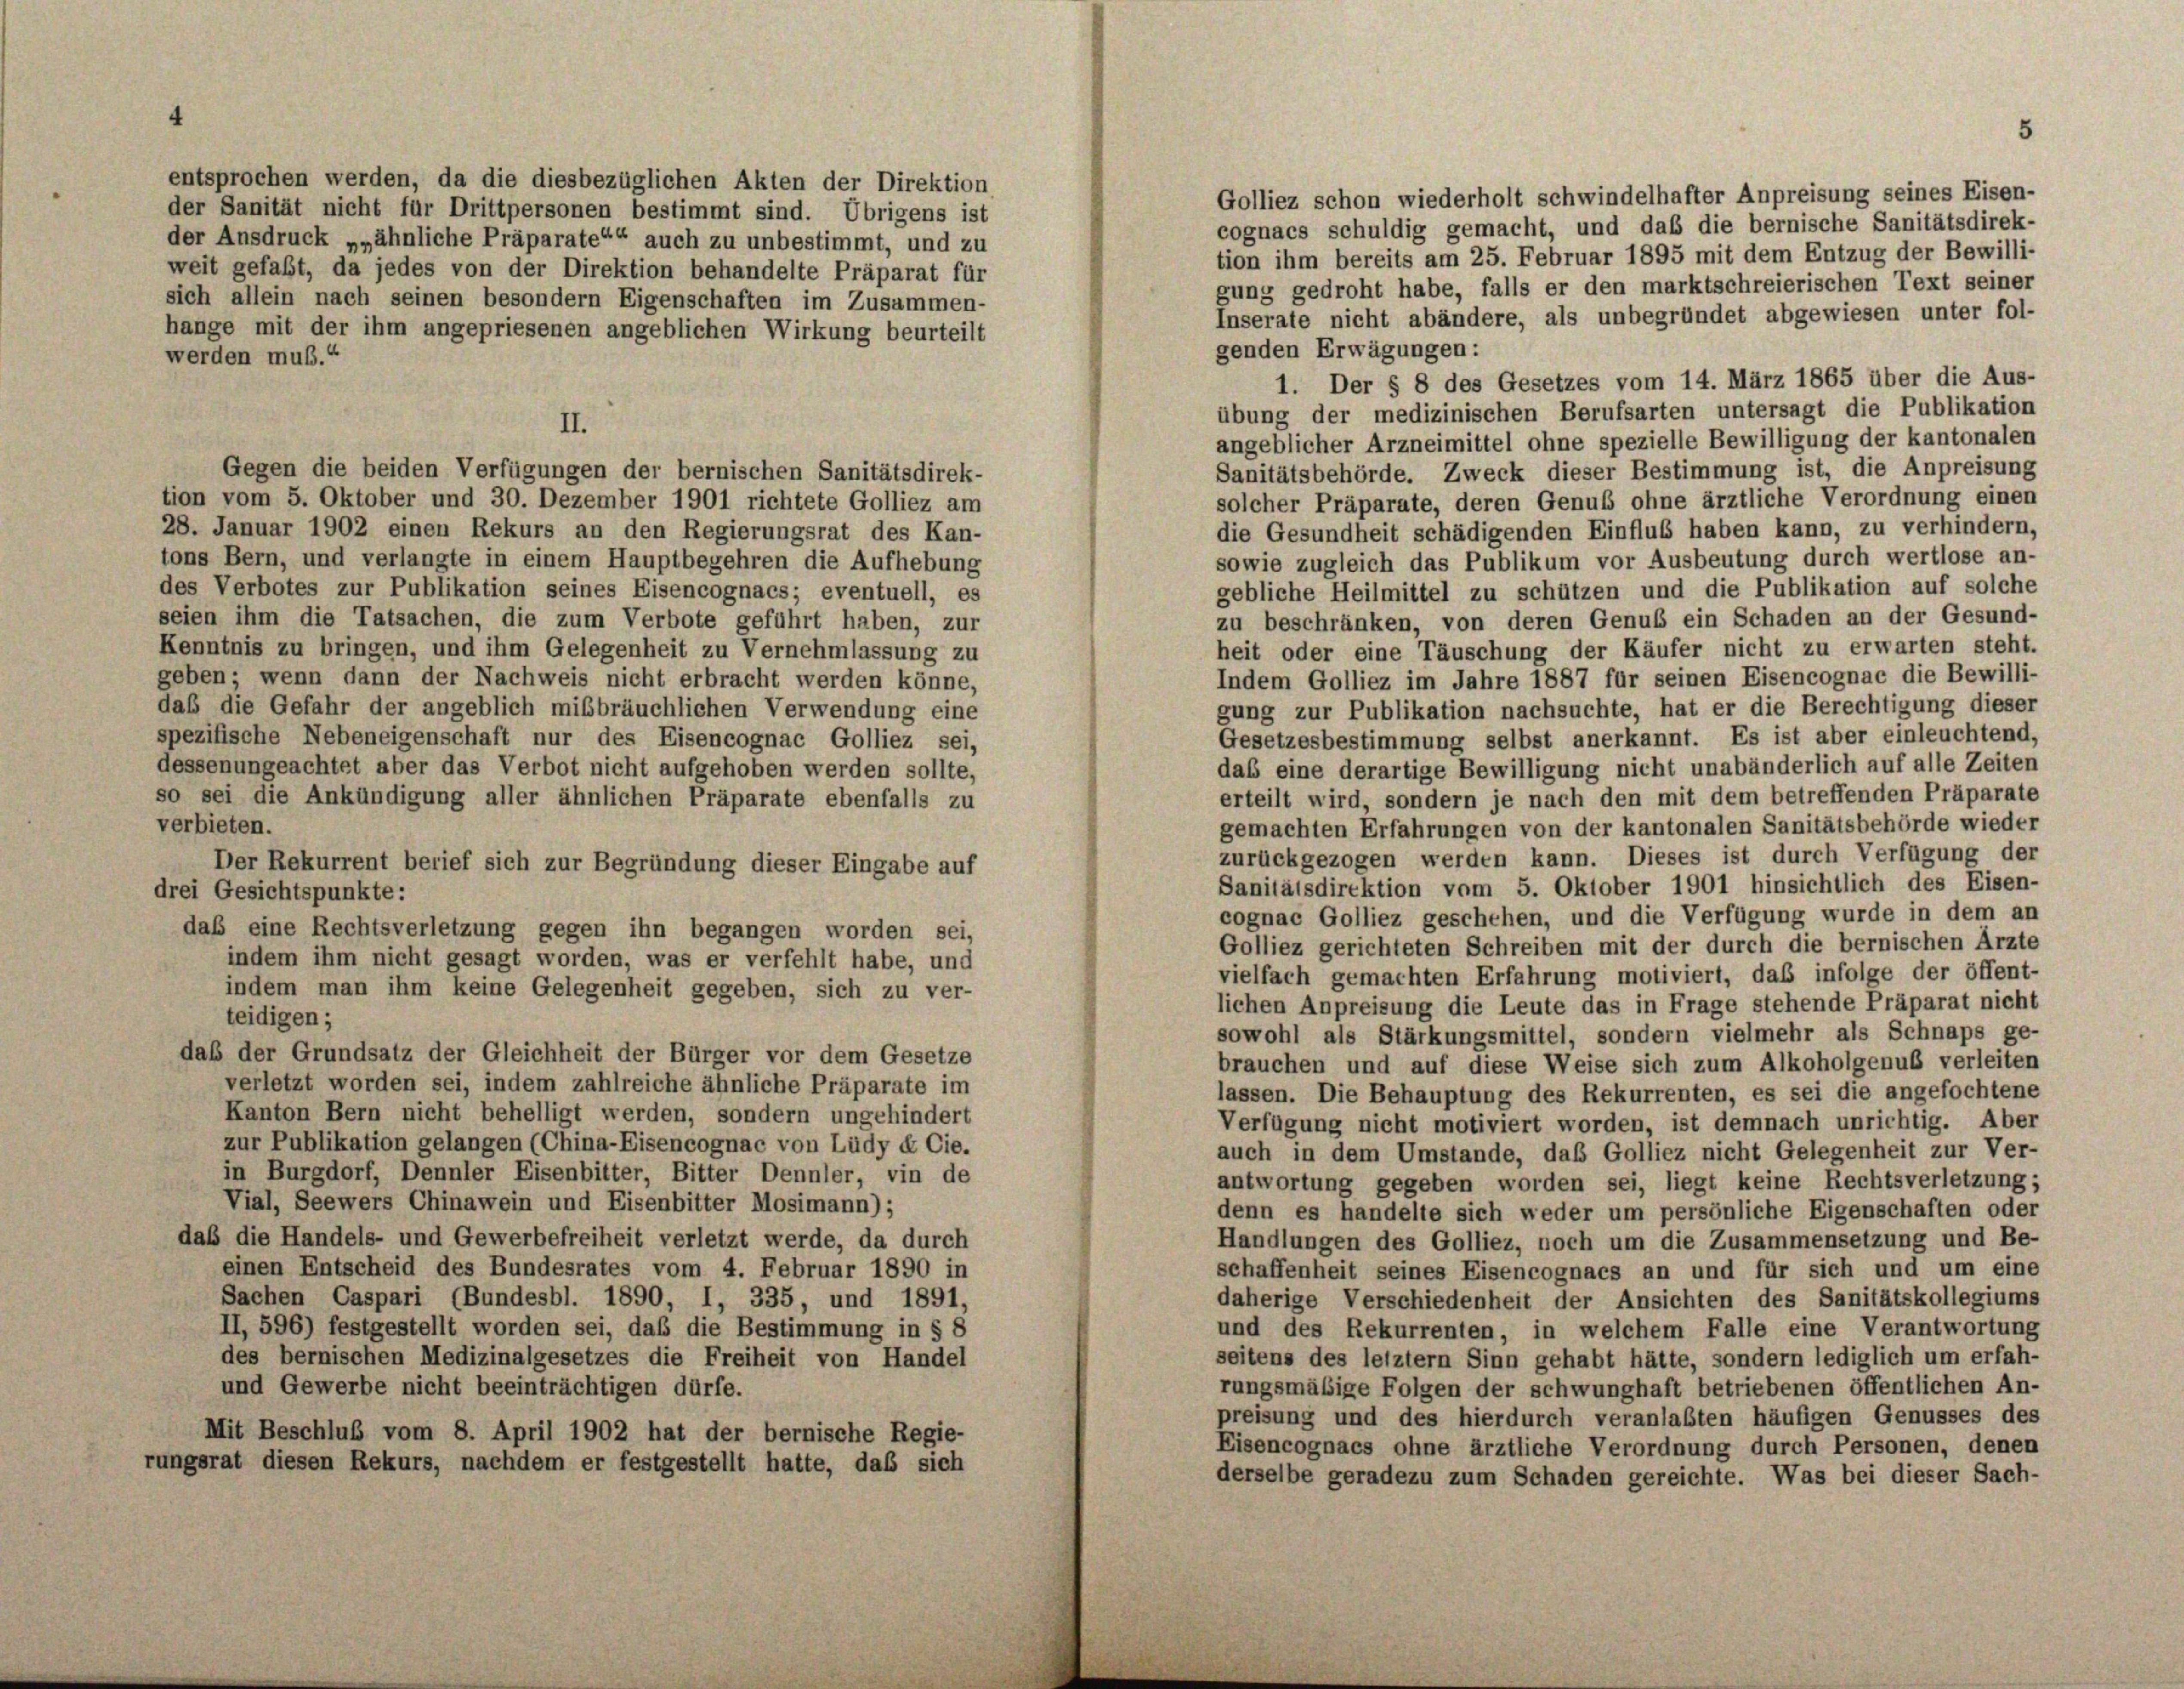
Inserate nicht abändere, als unbegründet abgewiesen unter fol-
hänge mit der ihm angepriesenen angeblichen Wirkung beurteilt
genden Erwägungen:
werden muß.“
1. Der § 8 des Gesetzes vom 14. März 1865 über die Aus-
übung der medizinischen Berufsarten untersagt die Publikation
II.
angeblicher Arzneimittel ohne spezielle Bewilligung der kantonalen
Gegen die beiden Verfügungen der bernischen Sanitätsdirek-
Sanitätsbehörde. Zweck dieser Bestimmung ist, die Anpreisung
tion vom 5. Oktober und 30. Dezember 1901 richtete Golliez am
solcher Präparate, deren Genus ohne ärztliche Verordnung einen
28. Januar 1902 einen Rekurs an den Regierungsrat des Kan-
die Gesundheit schädigenden Einflub haben kann, zu verhindern,
tons Bern, und verlangte in einem Hauptbegehren die Aufhebung
sowie zugleich das Publikum vor Ausbeutung durch wertlose an-
des Verbotes zur Publikation seines Eisencognacs; eventuell, es
gebliche Heilmittel zu schützen und die Publikation auf solche
seien ihm die Tatsachen, die zum Verbote geführt haben, zur
zu beschränken, von deren Genus ein Schaden an der Gesund-
heit oder eine Täuschung der Käufer nicht zu erwarten steht.
Kenntnis zu bringen, und ihm Gelegenheit zu Vernehmlassung zu
geben; wenn dann der Nachweis nicht erbracht werden könne,
Indem Golliez im Jahre 1887 für seinen Eisencognac die Bewilli-
daß die Gefahr der angeblich mißbräuchlichen Verwendung eine
gung zur Publikation nachsuchte, hat er die Berechtigung dieser
spezifische Nebeneigenschaft nur des Eisencognac Golliez sei,
Gesetzesbestimmung selbst anerkannt. Es ist aber einleuchtend,
dessenungeachtet aber das Verbot nicht aufgehoben werden sollte,
das eine derartige Bewilligung nicht unabänderlich auf alle Zeiten
erteilt wird, sondern je nach den mit dem betreffenden Präparate
so sei die Ankündigung aller ähnlichen Präparate ebenfalls zu
verbieten.
gemachten Erfahrungen von der kantonalen Sanitätsbehörde wieder
zurückgezogen werden kann. Dieses ist durch Verfügung der
Der Rekurrent berief sich zur Begründung dieser Eingabe auf
Sanitätsdirektion vom 5. Oktober 1901 hinsichtlich des Eisen-
drei Gesichtspunkte:
cognacz Golliez geschehen, und die Verfügung wurde in dem an
daß eine Rechtsverletzung gegen ihn begangen worden sei,
Golliez gerichteten Schreiben mit der durch die bernischen Ärzte
indem ihm nicht gesagt worden, was er verfehlt habe, und
vielfach gemachten Erfahrung motiviert, daß infolge der öffent-
indem man ihm keine Gelegenheit gegeben, sich zu ver-
lichen Anpreisung die Leute das in Frage stehende Präparat nicht
teidigen;
sowohl als Stärkungsmittel, sondern vielmehr als Schnaps ge-
daß der Grundsatz der Gleichheit der Bürger vor dem Gesetze
brauchen und auf diese Weise sich zum Alkoholgenus verleiten
verletzt worden sei, indem zahlreiche ähnliche Präparate im
lassen. Die Behauptung des Rekurrenten, es sei die angefochtene
Kanton Bern nicht behelligt werden, sondern ungehindert
Verfügung nicht motiviert worden, ist demnach unrichtig. Aber
zur Publikation gelangen (China-Eisencognac von Lüdy & Cie.
auch in dem Umstände, daß Golliez nicht Gelegenheit zur Ver-
in Burgdorf, Dennler Eisenbitter, Bitter Dennler, vin de
antwortung gegeben worden sei, liegt keine Rechtsverletzung;
Vial, Seewers Chinawein und Eisenbitter Mosimann);
denn es handelte sich weder um persönliche Eigenschaften oder
daß die Handels- und Gewerbefreiheit verletzt werde, da durch
Handlungen des Golliez, noch um die Zusammensetzung und Be-
einen Entscheid des Bundesrates vom 4. Februar 1890 in
schaffenheit seines Eisencognacs an und für sich und um eine
Sachen Caspari (Bundesbl. 1890, I, 335, und 1891,
daherige Verschiedenheit der Ansichten des Sanitätskollegiums
II, 596) festgestellt worden sei, daß die Bestimmung in § 8
und des Rekurrenten, in welchem Falle eine Verantwortung
des bernischen Medizinalgesetzes die Freiheit von Handel
seitens des letztem Sinn gehabt hätte, sondern lediglich um erfah-
rungsmäßige Folgen der schwunghaft betriebenen öffentlichen An-
und Gewerbe nicht beeinträchtigen dürfe.
preisung und des hierdurch veranlasten häufigen Genusses des
Mit Beschluß vom 8. April 1902 hat der bernische Regie-
Eisencognacs ohne ärztliche Verordnung durch Personen, denen
rungsrat diesen Rekurs, nachdem er festgestellt hatte, daß sich
derselbe geradezu zum Schaden gereichte. Was bei dieser Sach-

entsprochen werden, da die diesbezüglichen Akten der Direktion
der Sanität nicht für Drittpersonen bestimmt sind. Übrigens ist
der Ansdruck „„ähnliche Präparate““ auch zu unbestimmt, und zu
weit gefaßt, da jedes von der Direktion behandelte Präparat für
sich allein nach seinen besondern Eigenschaften im Zusammen-

Golliez schon wiederholt schwindelhafter Anpreisung seines Eisen-
cognacs schuldig gemacht, und daß die bernische Sanitätsdirek-
tion ihm bereits am 25. Februar 1895 mit dem Entzug der Bewilli-
gung gedroht habe, falls er den marktschreierischen Text seiner